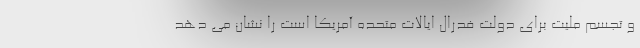
و تجسم ملیت برای دولت فدرال ایالات متحده آمریکا است را نشان می دهد